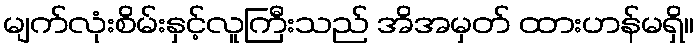
မျက်လုံးစိမ်းနှင့်လူကြီးသည် အိအမှတ် ထားဟန်မရှိ။